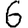
Digit: 6